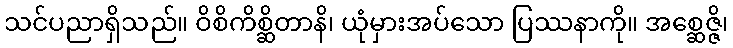
သင်ပညာရှိသည်။ ဝိစိကိစ္ဆိတာနိ၊ ယုံမှားအပ်သော ပြဿနာကို။ အစ္ဆေဇ္ဇိ၊